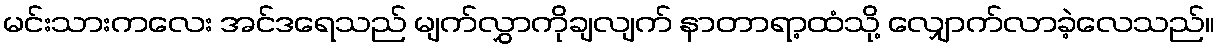
မင်းသားကလေး အင်ဒရေသည် မျက်လွှာကိုချလျက် နာတာရာ့ထံသို့ လျှောက်လာခဲ့လေသည်။